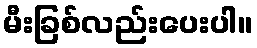
မီးခြစ်လည်းပေးပါ။